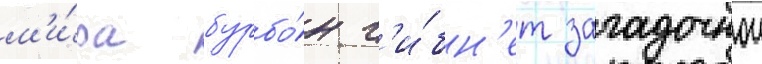
м'и́ра бурбо́н г'и́бн'ет загадочнои